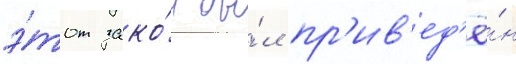
э́тот зако́н бы́л пр'ив'ед'ё́н